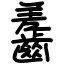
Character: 齹